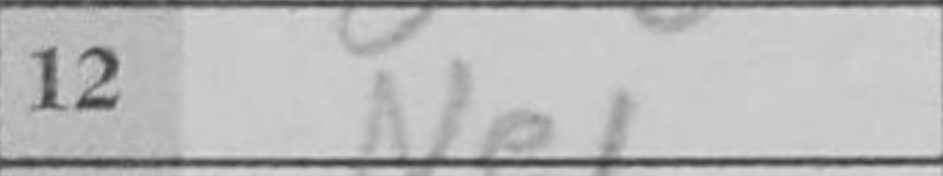
Transcription: Ne1